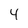
Character: 4